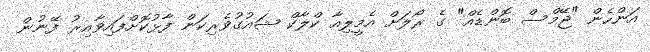
އަންހެން "ޖޭމްސް ބޮންޑެއް" ގެ ރޯލަށް އެމީލިއާ ކްލާކް ޝައުގުވެރިކަން ފާޅުކޮށްފައިވާއިރު ފޭނުން